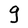
Character: g